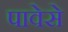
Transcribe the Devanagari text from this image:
पावेसे